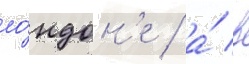
ло́ндон'е / а́ в